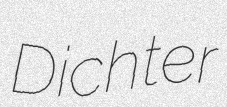
Dichter